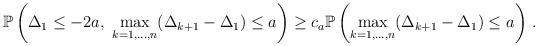
LaTeX: \begin{align*}\mathbb P\left(\Delta_1\le -2a,\ \max_{k=1,...,n}(\Delta_{k+1}-\Delta_1)\le a\right)\ge c_a \mathbb P\left(\max_{k=1,...,n}(\Delta_{k+1}-\Delta_1)\le a\right)\, .\end{align*}